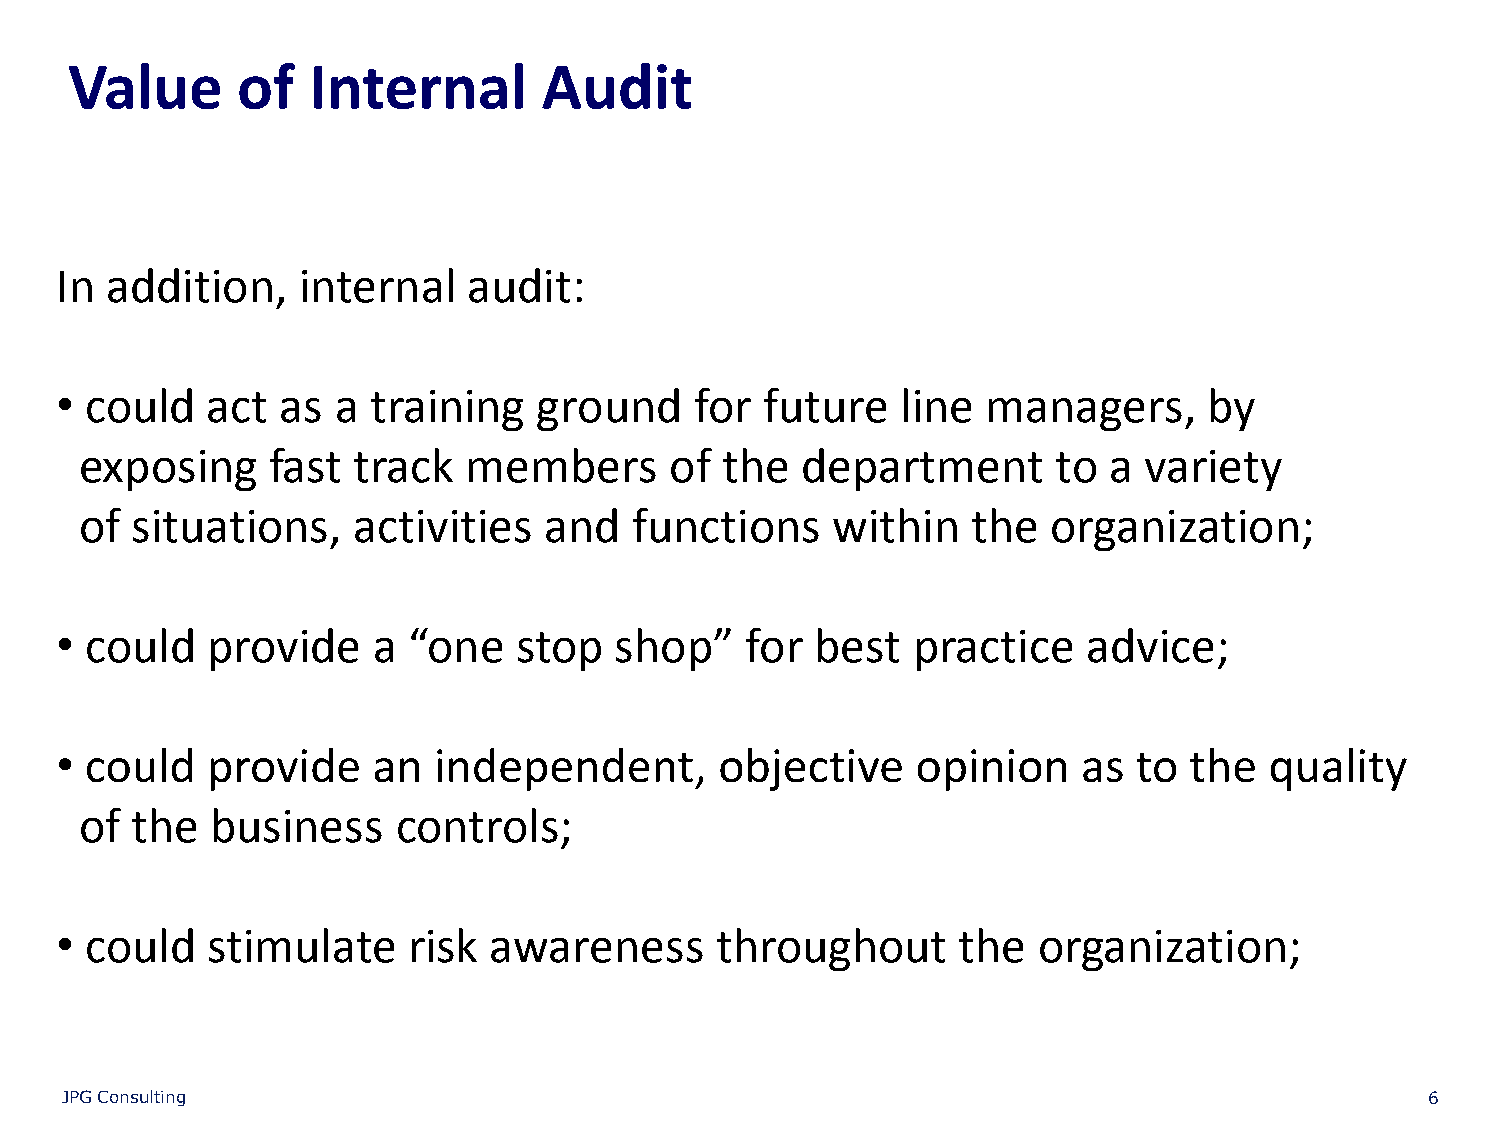
Value      of  Internal        Audit
 In addition,    internal   audit:
 • could   act  as a training    ground    for  future   line managers,      by
 exposing     fast track   members      of  the  department       to a  variety
 of  situations,   activities   and   functions    within   the   organization;
 • could   provide    a “one   stop   shop”   for  best  practice    advice;
 • could   provide    an  independent,       objective    opinion    as to  the  quality
 of  the  business    controls;
 • could   stimulate    risk awareness      throughout      the   organization;
 JPG Consulting                                                                             6